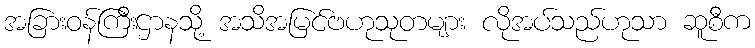
အခြားဝန်ကြီးဌာနသို့ အသိအမြင်ဗဟုသုတများ လိုအပ်သည်ဟုသာ ဆူစီက